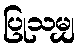
ပြုသမျှ